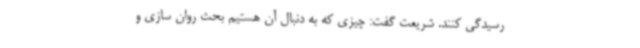
رسیدگی کنند. شریعت گفت: چیزی که به دنبال آن هستیم بحث روان سازی و